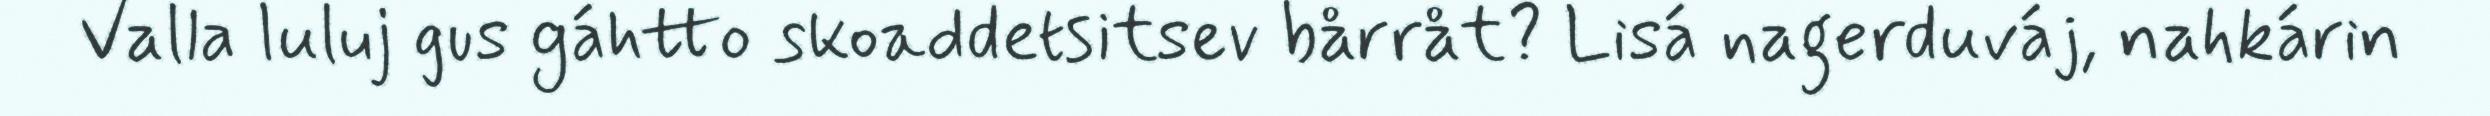
Valla luluj gus gáhtto skoaddetsitsev bårråt? Lisá nagerduváj, nahkárin